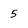
Character: 5